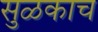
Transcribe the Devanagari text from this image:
सुळकाच